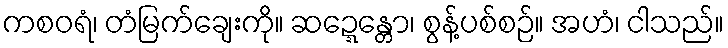
ကစဝရံ၊ တံမြက်ချေးကို။ ဆဍ္ဍေန္တော၊ စွန့်ပစ်စဉ်။ အဟံ၊ ငါသည်။